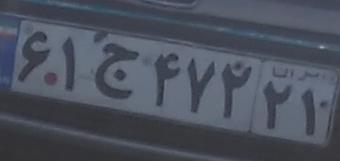
۶۱ج۴۷۲۲۱